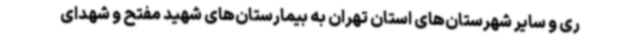
ری و سایر شهرستان‌های استان تهران به بیمارستان‌های شهید مفتح و شهدای